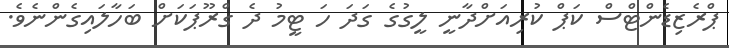
ޕްރެޒިޑެންޓްސް ކަޕް ކުރިއަށްދާނީ ލީގުގެ ގަދަ ހަ ޓީމު ދެ ގްރޫޕަކަށް ބަހާލައިގެންނެވެ.